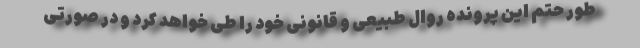
طور حتم این پرونده روال طبیعی و قانونی خود را طی خواهد کرد و در صورتی